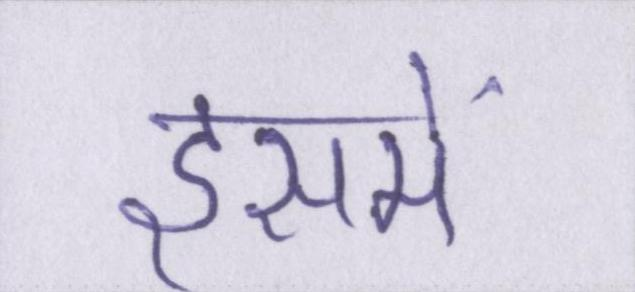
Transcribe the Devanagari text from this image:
इसमें